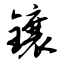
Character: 镶